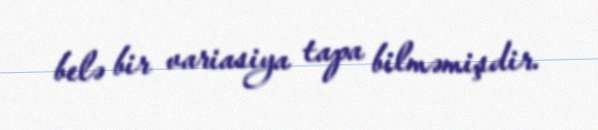
belə bir variasiya tapa bilməmişdir.